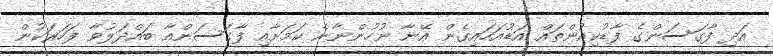
އަދި ފާގަސަންގެ ފާޑުކިއުންތައް އަޑުއަހައިގެން އޭނާ ނުހުންނާނެ ކަމަށާއި ފާގަސަންއާ ބައްދަލުވާ ފަހަރަކުން